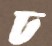
ঢ